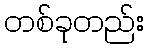
တစ်ခုတည်း